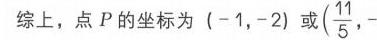
综上，点 \(P\) 的坐标为 \((-1,-2)\) 或 \((\frac{11}{5},-\)